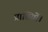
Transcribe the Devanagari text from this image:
प्राप्तियों।